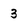
Character: 3